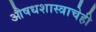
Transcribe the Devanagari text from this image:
औषधशास्त्राचेही